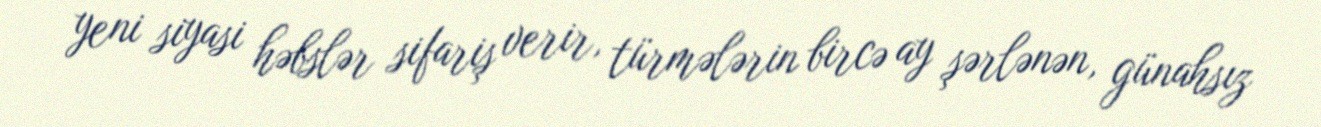
yeni siyasi həbslər sifariş verir, türmələrin bircə ay şərlənən, günahsız